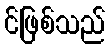
င်ဖြစ်သည်